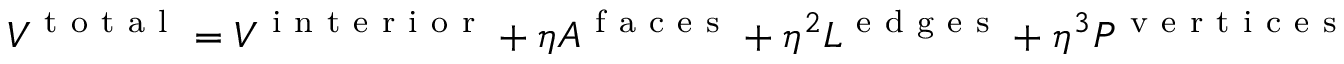
V ^ { \mathrm { ~ t ~ o ~ t ~ a ~ l ~ } } = V ^ { \mathrm { ~ i ~ n ~ t ~ e ~ r ~ i ~ o ~ r ~ } } + \eta A ^ { \mathrm { ~ f ~ a ~ c ~ e ~ s ~ } } + \eta ^ { 2 } L ^ { \mathrm { ~ e ~ d ~ g ~ e ~ s ~ } } + \eta ^ { 3 } P ^ { \mathrm { ~ v ~ e ~ r ~ t ~ i ~ c ~ e ~ s ~ } }